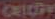
CELCOM